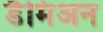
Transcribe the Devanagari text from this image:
डैमिअन